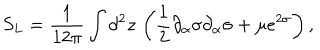
S _ { L } = \frac { 1 } { 1 2 \pi } \int d ^ { 2 } z \, \left( \frac { 1 } { 2 } \partial _ { \alpha } \sigma \partial _ { \alpha } \sigma + \mu e ^ { 2 \sigma } \right) ,